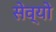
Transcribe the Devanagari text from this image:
सेव्यो